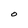
Character: O